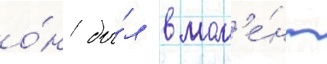
о́н бы́л в мом'е́нт